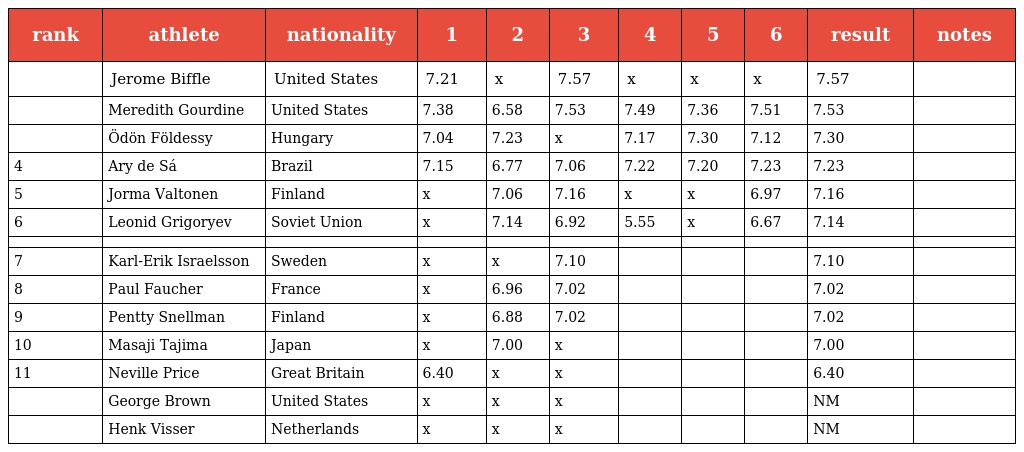
| rank | athlete | nationality | 1 | 2 | 3 | 4 | 5 | 6 | result | notes |
 | --- | --- | --- | --- | --- | --- | --- | --- | --- | --- | --- |
 |  | Jerome Biffle | United States | 7.21 | x | 7.57 | x | x | x | 7.57 |  |
 |  | Meredith Gourdine | United States | 7.38 | 6.58 | 7.53 | 7.49 | 7.36 | 7.51 | 7.53 |  |
 |  | Ödön Földessy | Hungary | 7.04 | 7.23 | x | 7.17 | 7.30 | 7.12 | 7.30 |  |
 | 4 | Ary de Sá | Brazil | 7.15 | 6.77 | 7.06 | 7.22 | 7.20 | 7.23 | 7.23 |  |
 | 5 | Jorma Valtonen | Finland | x | 7.06 | 7.16 | x | x | 6.97 | 7.16 |  |
 | 6 | Leonid Grigoryev | Soviet Union | x | 7.14 | 6.92 | 5.55 | x | 6.67 | 7.14 |  |
 |  |  |  |  |  |  |  |  |  |  |  |
 | 7 | Karl-Erik Israelsson | Sweden | x | x | 7.10 |  |  |  | 7.10 |  |
 | 8 | Paul Faucher | France | x | 6.96 | 7.02 |  |  |  | 7.02 |  |
 | 9 | Pentty Snellman | Finland | x | 6.88 | 7.02 |  |  |  | 7.02 |  |
 | 10 | Masaji Tajima | Japan | x | 7.00 | x |  |  |  | 7.00 |  |
 | 11 | Neville Price | Great Britain | 6.40 | x | x |  |  |  | 6.40 |  |
 |  | George Brown | United States | x | x | x |  |  |  | NM |  |
 |  | Henk Visser | Netherlands | x | x | x |  |  |  | NM |  |